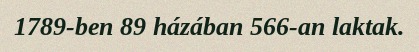
1789-ben 89 házában 566-an laktak.